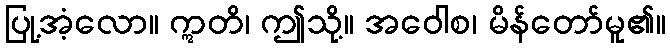
ပြု့အံ့လော။ ဣတိ၊ ဤသို့။ အဝေါစ၊ မိန်တော်မူ၏။